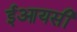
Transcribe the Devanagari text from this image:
ईआयसी